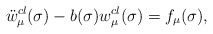
\begin{align*}\ddot{w}^{cl}_\mu(\sigma)-b(\sigma){w}^{cl}_\mu(\sigma)=f_\mu(\sigma),\end{align*}